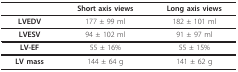
<table><thead><tr><td></td><td><b>Short axis views</b></td><td><b>Long axis views</b></td></tr></thead><tbody><tr><td><b>LVEDV</b></td><td>177 ± 99 ml</td><td>182 ± 101 ml</td></tr><tr><td><b>LVESV</b></td><td>94 ± 102 ml</td><td>91 ± 97 ml</td></tr><tr><td><b>LV-EF</b></td><td>55 ± 16%</td><td>55 ± 15%</td></tr><tr><td><b>LV mass</b></td><td>144 ± 64 g</td><td>141 ± 62 g</td></tr></tbody></table>